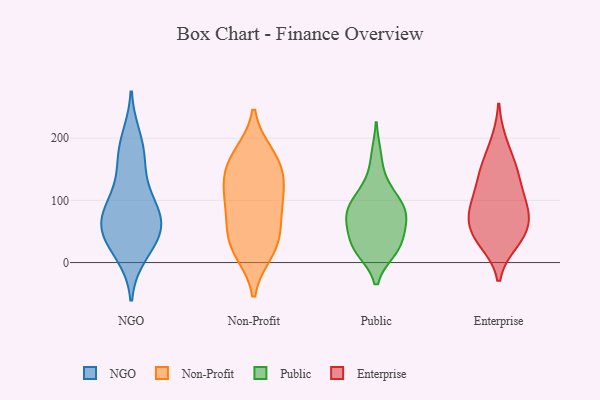
{"axis": {"x": "Tickets Resolved", "y": "Value"}, "legend": ["Enterprise", "NGO", "Non-Profit", "Public"], "data": [{"x": "", "y": 103, "type": "NGO"}, {"x": "", "y": 47, "type": "NGO"}, {"x": "", "y": 160, "type": "NGO"}, {"x": "", "y": 54, "type": "NGO"}, {"x": "", "y": 68, "type": "NGO"}, {"x": "", "y": 15, "type": "NGO"}, {"x": "", "y": 101, "type": "NGO"}, {"x": "", "y": 199, "type": "NGO"}, {"x": "", "y": 30, "type": "NGO"}, {"x": "", "y": 60, "type": "NGO"}, {"x": "", "y": 174, "type": "NGO"}, {"x": "", "y": 74, "type": "NGO"}, {"x": "", "y": 41, "type": "Non-Profit"}, {"x": "", "y": 109, "type": "Non-Profit"}, {"x": "", "y": 126, "type": "Non-Profit"}, {"x": "", "y": 73, "type": "Non-Profit"}, {"x": "", "y": 19, "type": "Non-Profit"}, {"x": "", "y": 17, "type": "Non-Profit"}, {"x": "", "y": 143, "type": "Non-Profit"}, {"x": "", "y": 109, "type": "Non-Profit"}, {"x": "", "y": 158, "type": "Non-Profit"}, {"x": "", "y": 81, "type": "Non-Profit"}, {"x": "", "y": 38, "type": "Non-Profit"}, {"x": "", "y": 170, "type": "Non-Profit"}, {"x": "", "y": 174, "type": "Non-Profit"}, {"x": "", "y": 32, "type": "Public"}, {"x": "", "y": 121, "type": "Public"}, {"x": "", "y": 62, "type": "Public"}, {"x": "", "y": 20, "type": "Public"}, {"x": "", "y": 77, "type": "Public"}, {"x": "", "y": 80, "type": "Public"}, {"x": "", "y": 171, "type": "Public"}, {"x": "", "y": 111, "type": "Public"}, {"x": "", "y": 78, "type": "Public"}, {"x": "", "y": 39, "type": "Public"}, {"x": "", "y": 22, "type": "Public"}, {"x": "", "y": 76, "type": "Public"}, {"x": "", "y": 92, "type": "Public"}, {"x": "", "y": 20, "type": "Public"}, {"x": "", "y": 46, "type": "Enterprise"}, {"x": "", "y": 86, "type": "Enterprise"}, {"x": "", "y": 137, "type": "Enterprise"}, {"x": "", "y": 46, "type": "Enterprise"}, {"x": "", "y": 95, "type": "Enterprise"}, {"x": "", "y": 142, "type": "Enterprise"}, {"x": "", "y": 35, "type": "Enterprise"}, {"x": "", "y": 85, "type": "Enterprise"}, {"x": "", "y": 151, "type": "Enterprise"}, {"x": "", "y": 86, "type": "Enterprise"}, {"x": "", "y": 191, "type": "Enterprise"}, {"x": "", "y": 47, "type": "Enterprise"}]}